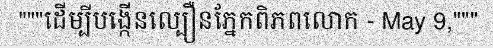
"""ដើម្បីបង្កើនល្បឿនភ្នែកពិភពលោក - May 9,"""